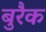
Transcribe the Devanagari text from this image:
बुरैक